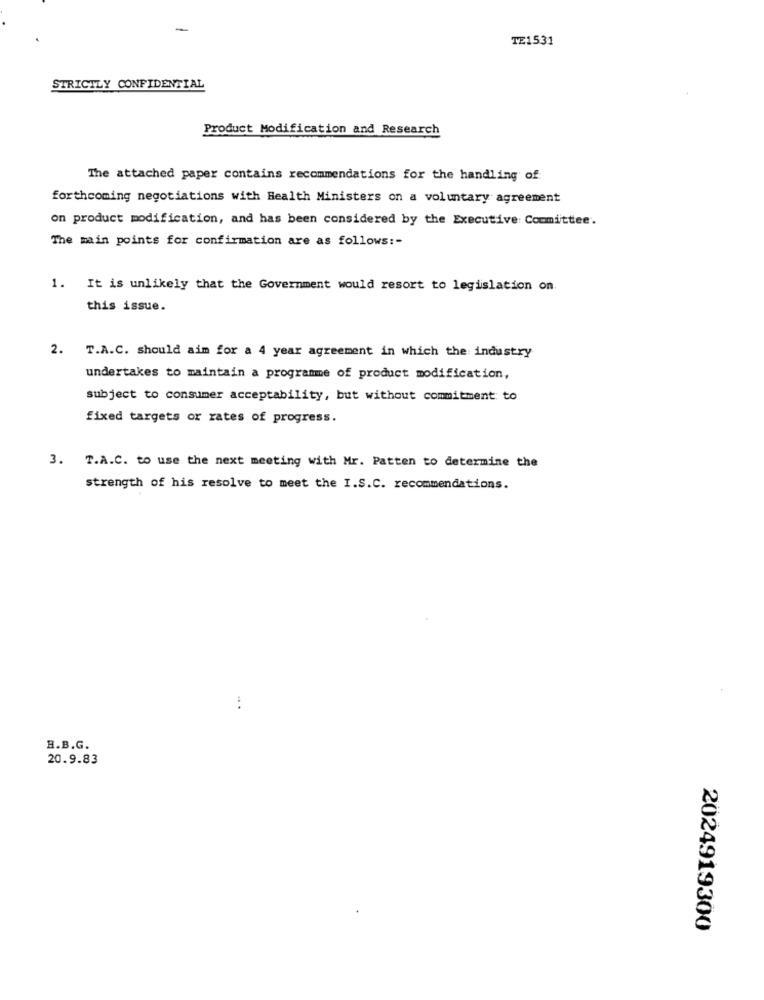
-
TE1531
STRICTLY CONFIDENTIAL
Product Modification and Research
The attached paper contains recommendations for the handling of:
forthcoming negotiations with Health Ministers on a voluntary agreement
on product modification, and has been considered by the Executive Committee.
The main points for confirmation are as follows :-
1. It is unlikely that the Government would resort to legislation on
this issue.
2. T.A.C. should aim for a 4 year agreement in which the industry
undertakes to maintain a programme of product modification,
subject to consumer acceptability, but without commitment to
fixed targets or rates of progress.
3.
T.A.C. to use the next meeting with Mr. Patten to determine the
strength of his resolve to meet the I.S.C. recommendations.
H.B.G.
20.9.83
2024919300